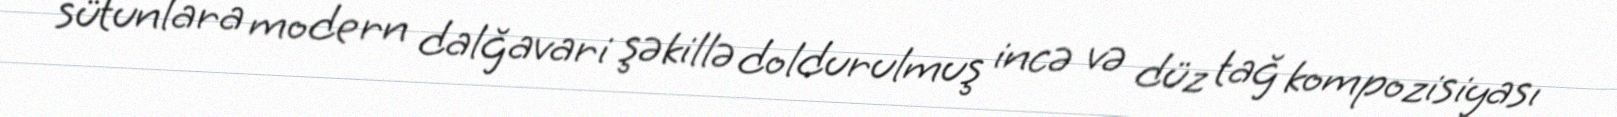
sütunlara modern dalğavari şəkillə doldurulmuş incə və düz tağ kompozisiyası